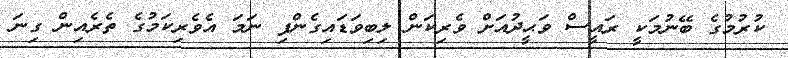
ކުރުމުގެ ބޭނުމަކީ ރައީސް ވަޙީދުއަށް ވެރިކަން ލިބިވަޑައިގެންފި ނަމަ އެވެރިކަމުގެ ތެރެއިން ގިނަ